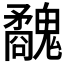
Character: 𩴢